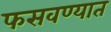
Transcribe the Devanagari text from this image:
फसवण्यात